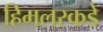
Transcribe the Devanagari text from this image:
हिमलरकडे